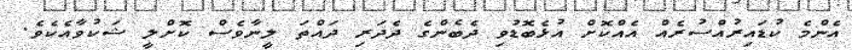
އެންމެ ކުޑައިރުއްސުރެއް އެއްކޮށް އުޅެބޮޑުވި ދެބެންގެ ދެދަރި ދައްތަ ލީނާވެސް ކޮށްލީ ޝަކުވާއެކެވެ.